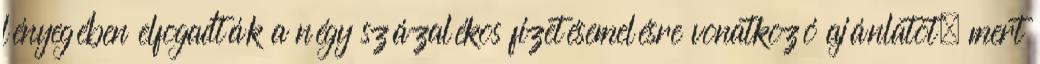
lényegében elfogadták a négy százalékos fizetésemelésre vonatkozó ajánlatot, mert